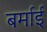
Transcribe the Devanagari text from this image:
बर्माई